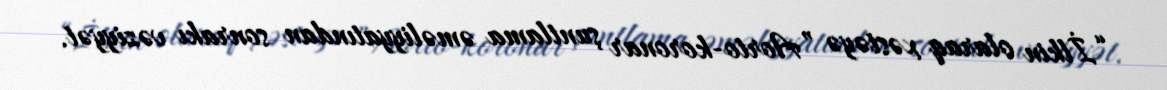
“İlkin olaraq xəstəyə ”Aorto-koronar şuntlama əməliyyatından sonrakı vəziyyət.